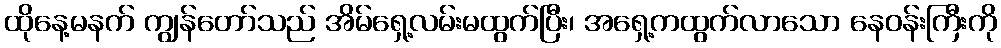
ထိုနေ့မနက် ကျွန်တော်သည် အိမ်ရှေ့လမ်းမထွက်ပြီး၊ အရှေ့ကထွက်လာသော နေဝန်းကြီးကို